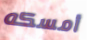
أمسكه